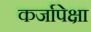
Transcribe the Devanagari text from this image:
कर्जापेक्षा